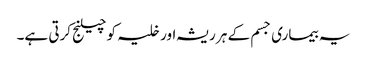
یہ بیماری جسم کے ہر ریشہ اور خلیہ کو چیلنج کرتی ہے۔